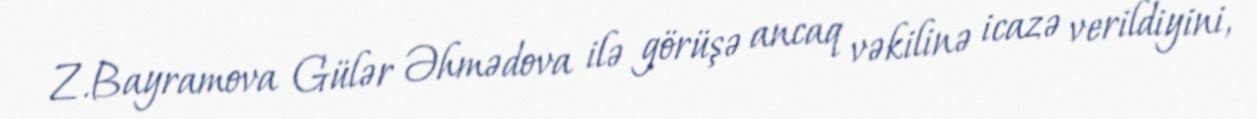
Z.Bayramova Gülər Əhmədova ilə görüşə ancaq vəkilinə icazə verildiyini,